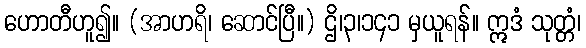
ဟောတီဟူ၍။ (အာဟရိ၊ ဆောင်ပြီ။) ဌိ၊၃၊၁၄၁ မှယူရန်။ ဣဒံ သုတ္တံ၊